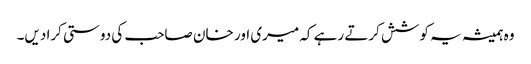
وہ ہمیشہ یہ کوشش کرتے رہے کہ میری اور خان صاحب کی دوستی کرا دیں۔